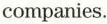
companies.